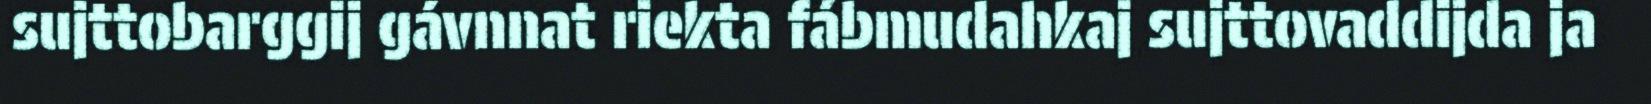
sujttobarggij gávnnat riekta fábmudahkaj sujttovaddijda ja